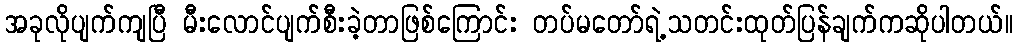
အခုလိုပျက်ကျပြီ မီးလောင်ပျက်စီးခဲ့တာဖြစ်ကြောင်း တပ်မတော်ရဲ့သတင်းထုတ်ပြန်ချက်ကဆိုပါတယ်။